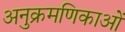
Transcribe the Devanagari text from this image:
अनुक्रमणिकाओं